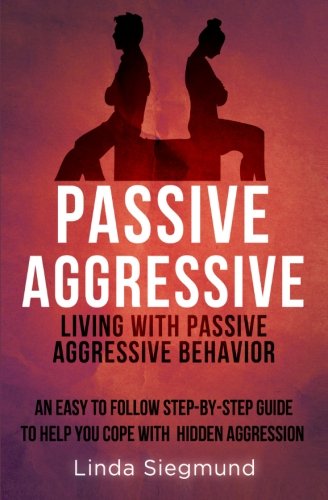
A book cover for Passive Aggressive: Living With Passive Aggressive Behavior ~ An Easy to Follow Step-by-Step Guide to Help You Cope With Hidden Aggression; Linda Siegmund; Parenting & Relationships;